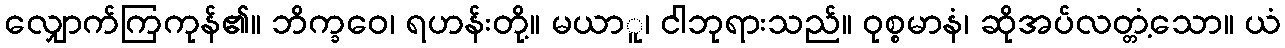
လျှောက်ကြကုန်၏။ ဘိက္ခဝေ၊ ရဟန်းတို့။ မယာူ၊ ငါဘုရားသည်။ ဝုစ္စမာနံ၊ ဆိုအပ်လတ္တံ့သော။ ယံ